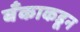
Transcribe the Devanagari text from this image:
बँकाकडून